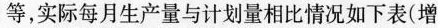
等，实际每月生产量与计划量相比情况如下表(增